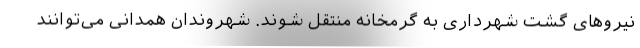
نیروهای گشت شهرداری به گرمخانه منتقل شوند. شهروندان همدانی می‌توانند